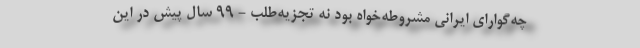
چه‌گوارای ایرانی مشروطه‌خواه بود نه تجزیه‌‌طلب - 99 سال پیش در این